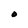
Character: O